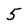
Character: 5